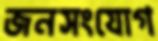
জনসংযোগ